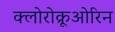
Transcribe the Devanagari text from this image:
क्लोरोक्रूओरिन